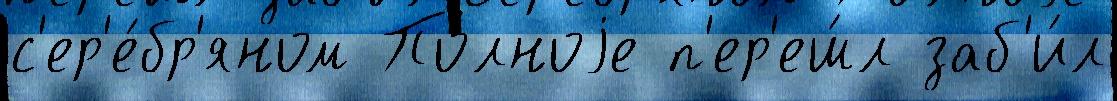
с'ер'е́бр'яном По́лноjе п'ер'еш́л заб'и́л